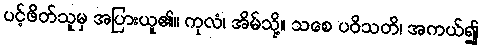
ပင့်ဖိတ်သူမှ အပြားယူ၏။ ကုလံ၊ အိမ်သို့။ သစေ ပဝိသတိ၊ အကယ်၍